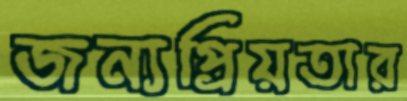
জন্যপ্রিয়তার